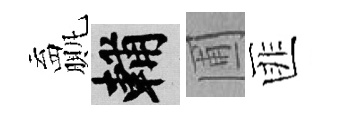
贏輔圃匪